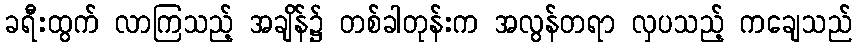
ခရီးထွက် လာကြသည့် အချိန်၌ တစ်ခါတုန်းက အလွန်တရာ လှပသည့် ကချေသည်